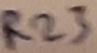
Text: R23